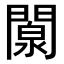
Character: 闎